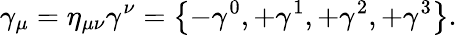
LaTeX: \gamma_{\mu}=\eta_{\mu\nu}\gamma^{\nu}=\left\{ -\gamma^{0},+\gamma^{1},+\gamma^{2},+\gamma^{3}\right\} .